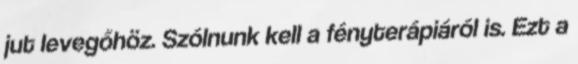
jut levegőhöz. Szólnunk kell a fényterápiáról is. Ezt a